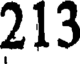
213